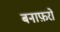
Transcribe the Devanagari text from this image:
बनाफ़रों